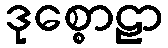
ဒုစ္စောဠာ